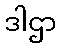
ဒါဌာ